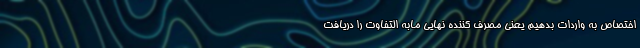
اختصاص به واردات بدهیم یعنی مصرف کننده نهایی مابه التفاوت را دریافت